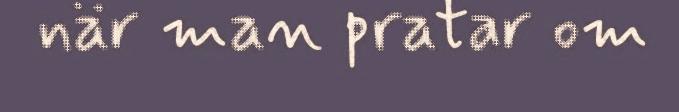
när man pratar om